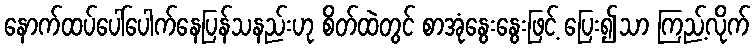
နောက်ထပ်ပေါ်ပေါက်နေပြန်သနည်းဟု စိတ်ထဲတွင် စာအုံနွေးနွေးဖြင့် ပြေး၍သာ ကြည့်လိုက်